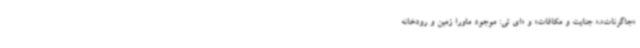
«جاگرنات»،« جنایت و مکافات» و «ای تی: موجود ماورا زمین و رودخانه